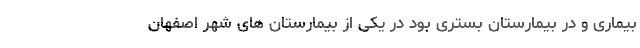
بیماری و در بیمارستان بستری بود در یکی از بیمارستان های شهر اصفهان